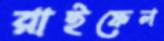
রাইফেল